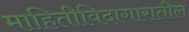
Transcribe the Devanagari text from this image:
माहितीविदागारातील